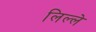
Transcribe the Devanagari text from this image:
लिल्ले